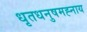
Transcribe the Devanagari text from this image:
धृतधनुषमह्नाय